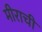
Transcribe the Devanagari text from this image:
मीराची